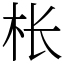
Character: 枨